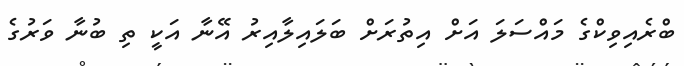
ބްރެއިވިކްގެ މައްސަލަ އަށް އިތުރަށް ބަލައިލާއިރު އޭނާ އަކީ ތި ބުނާ ވަރުގެ